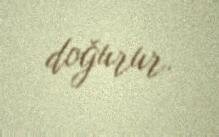
doğurur.